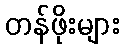
တန်ဖိုးများ